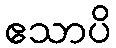
ဧသာပိ